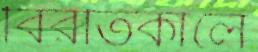
বিরতিকালে